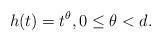
LaTeX: \begin{align*}h(t)=t^\theta, 0\le \theta<d.\end{align*}